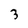
Character: 3